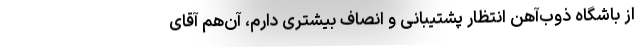
از باشگاه ذوب‌آهن انتظار پشتیبانی و انصاف بیشتری دارم، آن‌هم آقای